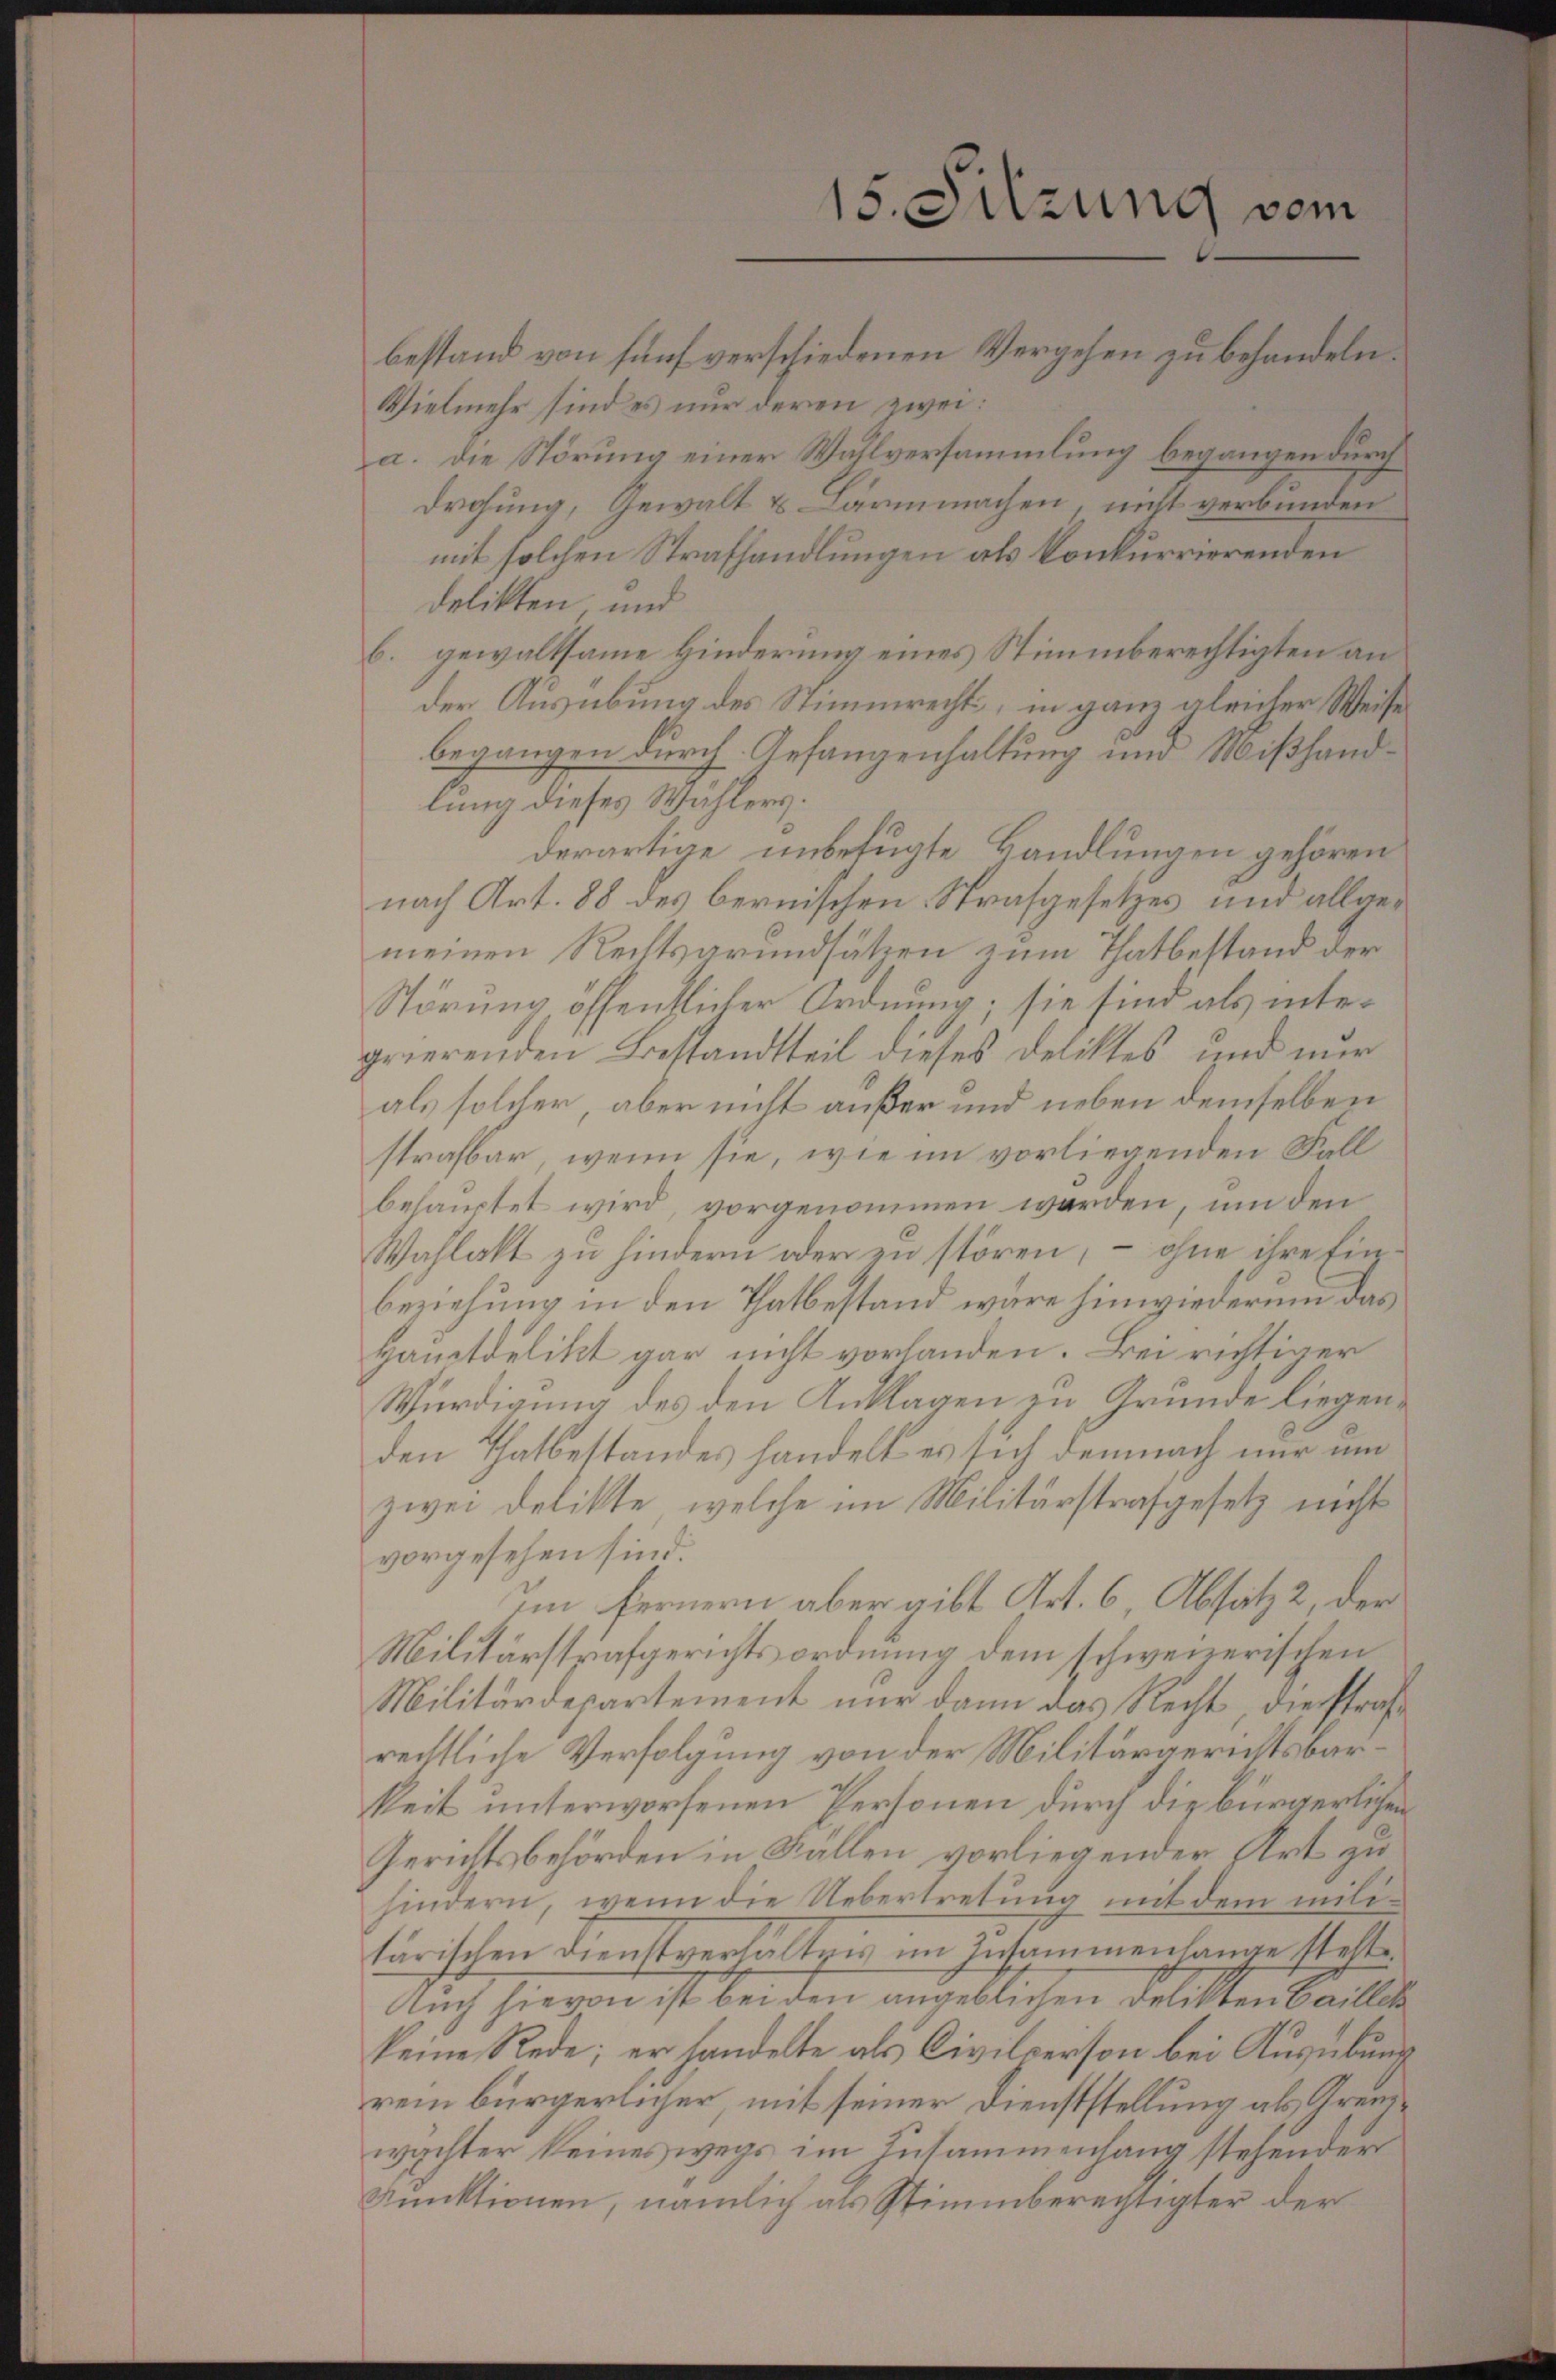
15. Sitzung vom
bestand von fünf verschiedenen Vergehen zu behandeln.

Vielmehr sind es nur deren zwei:
a. die Störung einer Wahlversammlung begangen durch
Drohung, Gewalt & Lärmmachen, nicht verbunden
mit solchen Strafhandlungen als konkurrierenden
delikten, und
6. gewaltsame Hinderung eines Stimmberechtigten an
der Ausübung des Stimmrechts, in ganz gleicher Weise
begangen durch Gefangenhaltung und Mißhandlung dieses Wählers.
derartige unbefugte Handlungen gehören
nach Art. 88 des bernischen Strafgesetzes und allgemeinen Rechtsgrundsätzen zum Thatbestand der
Störung öffentlicher Ordnung; sie sind als inter
grierenden Bestandtteil dieses Deliktes und nur
als solcher, aber nicht außer und neben demselben
strafbar, wenn sie, wie im vorliegenden Fall
behauptet wird, vorgenommen werden, um den
Wahlakt zu hindern oder zu stören, – ohne ihre Einbeziehung in den Thatbestand wäre hinwiederum das
Hauptdelikt gar nicht vorhanden. Bei richtiger
Würdigung des den Anklagen zu Grunde liegenden Thatbestandes handelt es sich demnach nur um
zwei Delikte, welche im Militärstrafgesetz nicht
vorgesehen sind.
Im fernern aber gibt Art. 6, Absatz 2, der
Militärstrafgerichtsordnung dem schweizerischen
Militärdepartement nur dann das Recht, diesstraßrechtliche Verfolgung von der Militärgerichtsbarkeit unterworfenen Personen durch die bürgerlichen
Gerichtsbehörden in Fallen vorliegender Art zu
hindern, wenn die Uebertretung mit dem militärischen Dienstverhaltens im Zusammenhange stelle
Auch hievon ist bei den angeblichen Delikten Baillet
keine Rede; er handelte als Civilperson bei Ausübung
rein bürgerlicher mit seiner Dienststellung als Grenwächter keineswegs im Zusammenhang stehender
Funktionen, nämlich als Stimmberechtigter der